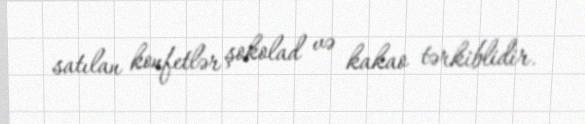
satılan konfetlər şokolad və kakao tərkiblidir.